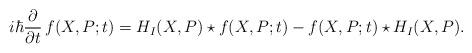
LaTeX: \begin{align*}i\hbar \frac{\partial }{\partial t}\,f(X,P;t)= H_I(X, P) \star f (X, P;t)- f(X, P;t)\star H_I (X, P). \end{align*}